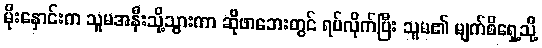
မိုးနှောင်းက သူမအနီးသို့သွားကာ ဆိုဖာဘေးတွင် ရပ်လိုက်ပြီး သူမ၏ မျက်စိရှေ့သို့